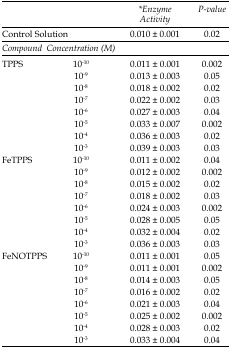
<table><thead><tr><td colspan="2"></td><td><b><i>*Enzyme Activity</i></b></td><td><b><i>P-value</i></b></td></tr><tr><td colspan="2"><b>Control Solution</b></td><td><b>0.010 ± 0.001</b></td><td><b>0.02</b></td></tr><tr><td><b><i>Compound</i></b></td><td><b><i>Concentration (M)</i></b></td><td></td><td></td></tr></thead><tbody><tr><td rowspan="8">TPPS</td><td>10<sup>-10</sup></td><td>0.011 ± 0.001</td><td>0.002</td></tr><tr><td>10<sup>-9</sup></td><td>0.013 ± 0.003</td><td>0.05</td></tr><tr><td>10<sup>-8</sup></td><td>0.018 ± 0.002</td><td>0.02</td></tr><tr><td>10<sup>-7</sup></td><td>0.022 ± 0.002</td><td>0.03</td></tr><tr><td>10<sup>-6</sup></td><td>0.027 ± 0.003</td><td>0.04</td></tr><tr><td>10<sup>-5</sup></td><td>0.033 ± 0.007</td><td>0.002</td></tr><tr><td>10<sup>-4</sup></td><td>0.036 ± 0.003</td><td>0.02</td></tr><tr><td>10<sup>-3</sup></td><td>0.039 ± 0.003</td><td>0.03</td></tr><tr><td rowspan="8">FeTPPS</td><td>10<sup>-10</sup></td><td>0.011 ± 0.002</td><td>0.04</td></tr><tr><td>10<sup>-9</sup></td><td>0.012 ± 0.002</td><td>0.002</td></tr><tr><td>10<sup>-8</sup></td><td>0.015 ± 0.002</td><td>0.02</td></tr><tr><td>10<sup>-7</sup></td><td>0.018 ± 0.002</td><td>0.03</td></tr><tr><td>10<sup>-6</sup></td><td>0.024 ± 0.003</td><td>0.002</td></tr><tr><td>10<sup>-5</sup></td><td>0.028 ± 0.005</td><td>0.05</td></tr><tr><td>10<sup>-4</sup></td><td>0.032 ± 0.004</td><td>0.02</td></tr><tr><td>10<sup>-3</sup></td><td>0.036 ± 0.003</td><td>0.03</td></tr><tr><td rowspan="8">FeNOTPPS</td><td>10<sup>-10</sup></td><td>0.011 ± 0.001</td><td>0.05</td></tr><tr><td>10<sup>-9</sup></td><td>0.011 ± 0.001</td><td>0.002</td></tr><tr><td>10<sup>-8</sup></td><td>0.014 ± 0.003</td><td>0.05</td></tr><tr><td>10<sup>-7</sup></td><td>0.016 ± 0.002</td><td>0.02</td></tr><tr><td>10<sup>-6</sup></td><td>0.021 ± 0.003</td><td>0.04</td></tr><tr><td>10<sup>-5</sup></td><td>0.025 ± 0.002</td><td>0.002</td></tr><tr><td>10<sup>-4</sup></td><td>0.028 ± 0.003</td><td>0.02</td></tr><tr><td>10<sup>-3</sup></td><td>0.033 ± 0.004</td><td>0.04</td></tr></tbody></table>